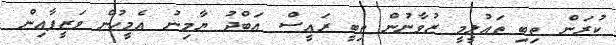
ކުރަން ތިބި ތައުލީމީ ޒުވާނުން ތިބީ ރައީސް އަބްދު ޔާމިނު އެމީހުން ވަޒީފާއިން